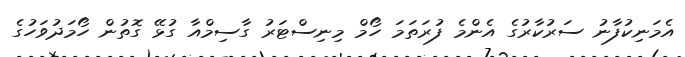
އެމަނިކުފާނު ސަރުކާރުގެ އެންމެ ފުރަތަމަ ހޯމް މިނިސްޓަރު ގާސިމްއާ ގުޅޭ ގޮތުން ހޯމަދުވަހުގެ